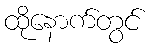
ထိုနောက်တွင်